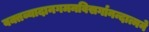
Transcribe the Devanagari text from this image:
वक्तव्यादानगमनविसर्गानन्दात्मने